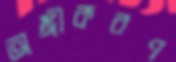
অঙ্গীকরণ